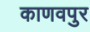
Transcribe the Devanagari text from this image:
काणवपुर